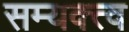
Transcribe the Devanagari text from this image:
सम्यक्त्व